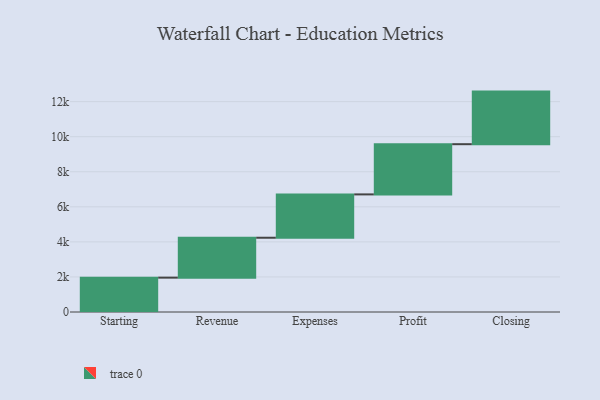
{"axis": {"x": "Step", "y": "Value"}, "legend": [""], "data": [{"x": "Starting", "y": 1960.0, "type": ""}, {"x": "Revenue", "y": 2276.0, "type": ""}, {"x": "Expenses", "y": 2472.0, "type": ""}, {"x": "Profit", "y": 2864.0, "type": ""}, {"x": "Closing", "y": 3000, "type": ""}]}